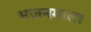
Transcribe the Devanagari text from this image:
भजनमाला